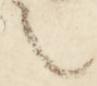
之